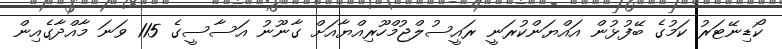
ކޯޑިނޭޓަރު ކަމުގެ ބޭފުޅުން އައްޔަންކުރަނީ ރައީސުލްޖުމްހޫރިއްޔާއަށް ގާނޫނު އަސާސީގެ 115 ވަނަ މާއްދާގެއިން